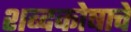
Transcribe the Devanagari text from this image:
शब्दकोषाचे